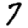
Digit: 7